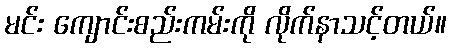
မင်း ကျောင်းစည်းကမ်းကို လိုက်နာသင့်တယ်။